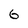
Character: G